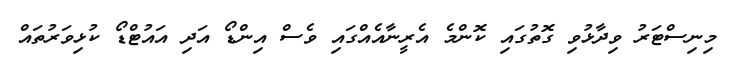
މިނިސްޓަރު ވިދާޅުވި ގޮތުގައި ކޮންމެ އެރީނާއެއްގައި ވެސް އިންޑޯ އަދި އައުޓްޑޯ ކުޅިވަރުތައް